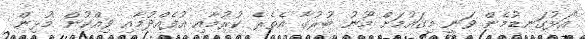
"އަޅުގަނޑުމެން ވަނީ މިގައުމަށް މޫނު ބުރުގާ އެތެރެ ކުރުމާއި އުފެއްދުމާއި ވިއްކުން މުޅިން